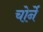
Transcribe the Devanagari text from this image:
चोर्ने